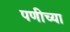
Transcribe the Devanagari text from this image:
पणीच्या